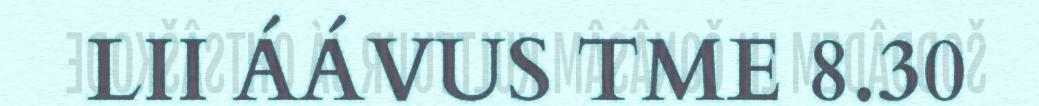
LII ÁÁVUS TME 8.30